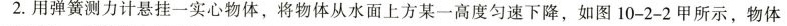
2. 用弹簧测力计悬挂一实心物体，将物体从水面上方某一高度匀速下降，如图10-2-2甲所示，物体